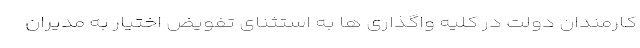
کارمندان دولت در کلیه واگذاری ها به استثنای تفویض اختیار به مدیران